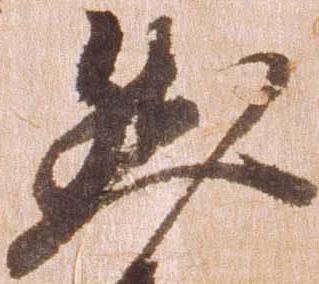
然